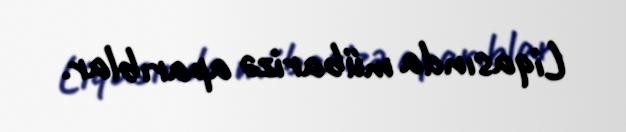
Liqasında mübarizə aparıblar.